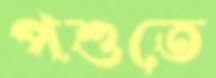
পশুতে